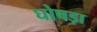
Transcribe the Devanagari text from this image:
घोषड़ा